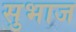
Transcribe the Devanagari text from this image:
सुभाज